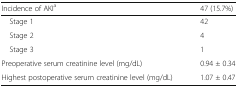
<table><thead><tr><td><b>Incidence of AKI<sup>a</sup></b></td><td><b>47 (15.7%)</b></td></tr></thead><tbody><tr><td> Stage 1</td><td>42</td></tr><tr><td> Stage 2</td><td>4</td></tr><tr><td> Stage 3</td><td>1</td></tr><tr><td>Preoperative serum creatinine level (mg/dL)</td><td>0.94 ± 0.34</td></tr><tr><td>Highest postoperative serum creatinine level (mg/dL)</td><td>1.07 ± 0.47</td></tr></tbody></table>